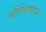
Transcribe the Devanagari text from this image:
परिशिष्टांश